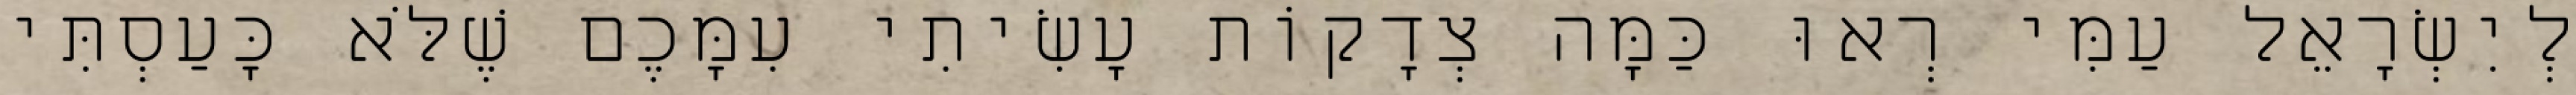
לְיִשְׂרָאֵל עַמִּי רְאוּ כַּמָּה צְדָקוֹת עָשִׂיתִי עִמָּכֶם שֶׁלֹּא כָּעַסְתִּי